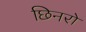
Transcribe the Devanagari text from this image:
छिनरो